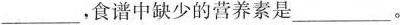
___，食谱中缺少的营养素是___。